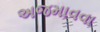
અજમાવવા